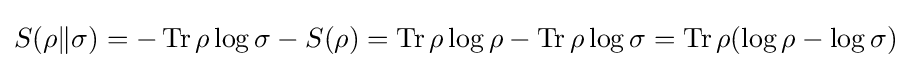
S(\rho \|\sigma )=-\operatorname {Tr} \rho \log \sigma -S(\rho )=\operatorname {Tr} \rho \log \rho -\operatorname {Tr} \rho \log \sigma =\operatorname {Tr} \rho (\log \rho -\log \sigma )